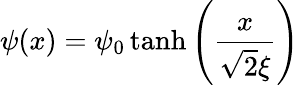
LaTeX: \psi(x)=\psi_{0}\operatorname{tanh}\left({\frac{x}{{\sqrt{2}}\xi}}\right)